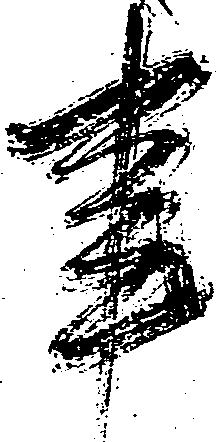
事